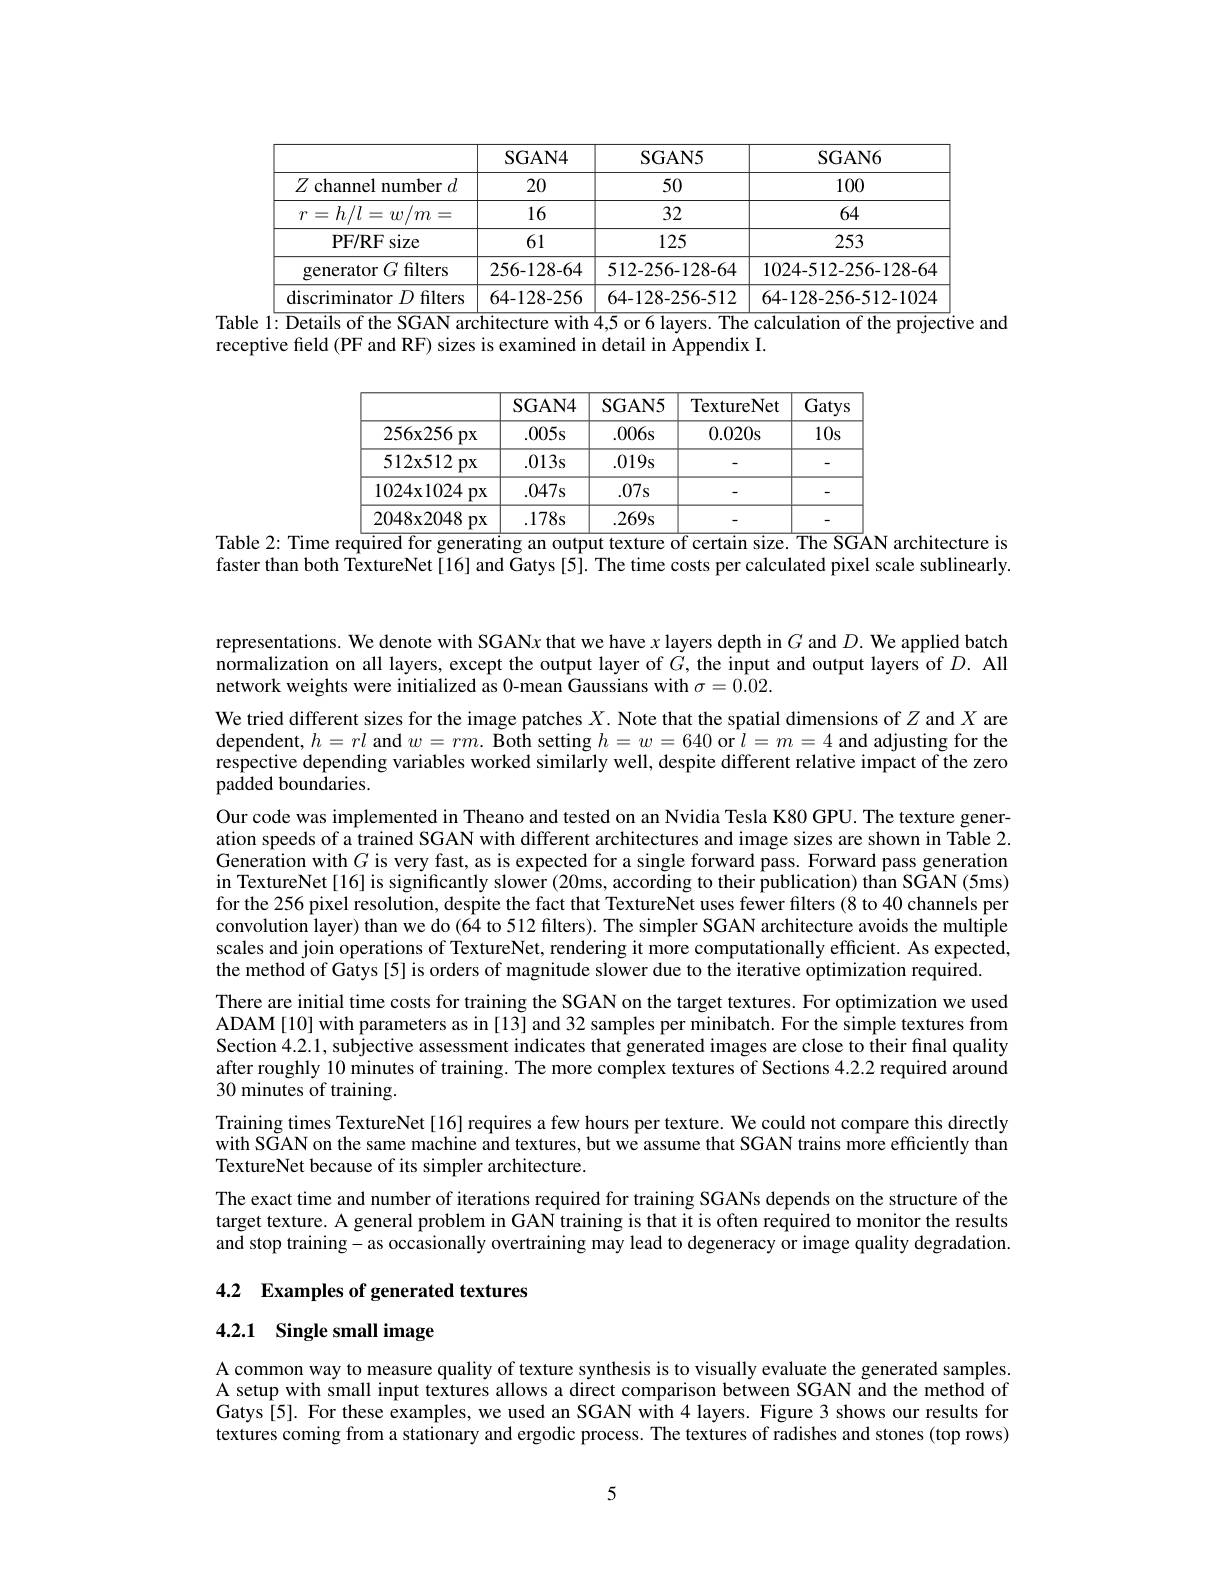
<table>
	<tbody>
		<tr>
			<th> </th>
			<th>SGAN4</th>
			<th>SGAN5</th>
			<th>SGAN6</th>
		</tr>
		<tr>
			<td>$Z$ channel number $d$</td>
			<td>20</td>
			<td>50</td>
			<td>100</td>
		</tr>
		<tr>
			<td>$h/l=w/m$ $\mathcal{T}=$ 19</td>
			<td>16</td>
			<td>32</td>
			<td>64</td>
		</tr>
		<tr>
			<td>PF/ RFs size</td>
			<td>61</td>
			<td>125</td>
			<td>253</td>
		</tr>
		<tr>
			<td>generator $G$ filters</td>
			<td>256-128-64</td>
			<td>512-256-128-64</td>
			<td>1024-512-256-128-64</td>
		</tr>
		<tr>
			<td>discriminator $D$ filters</td>
			<td>64-128-256</td>
			<td>64-128-256-512</td>
			<td>64-128-256-512-1024</td>
		</tr>
	</tbody>
</table>
Table $1:\overline\text{Details of the SGAN architecture with 4,5 or 6 layers. The calculation of the projective and}$

receptive field (PF and RF) sizes is examined in detail in Appendix I.

<table>
	<tbody>
		<tr>
			<th> </th>
			<th>SGAN4</th>
			<th>SGAN5</th>
			<th>TextureNet</th>
			<th>Gatys</th>
		</tr>
		<tr>
			<td>256x256 $PX$</td>
			<td>$.005s$</td>
			<td>$.006s$</td>
			<td>0.020s</td>
			<td>$10s$</td>
		</tr>
		<tr>
			<td>$512x512$ $PX$</td>
			<td>$.013s$</td>
			<td>$.019s$</td>
			<td> </td>
			<td>-</td>
		</tr>
		<tr>
			<td>$1024x1024$ $px$</td>
			<td>$.047s$</td>
			<td>$.07s$</td>
			<td> </td>
			<td>-</td>
		</tr>
		<tr>
			<td>2048x2048 $px$</td>
			<td>$.178s$</td>
			<td>$.269s$</td>
			<td> </td>
			<td>-</td>
		</tr>
	</tbody>
</table>
Table 2: Time required for generating an output texture of certain size. The SGAN architecture is

faster than both TextureNet [16] and Gatys [5]. The time costs per calculated pixel scale sublinearly.

representations. We denote with SGANx that we have $x$ layers depth in $G$ and $D.$ We applied batch $\hat{\text{normalization on all layers, except the output layer of }G},\hat{\text{the input and output layers of }D}.$ All network weights were initialized as 0-mean Gaussians with $\sigma=0.02.$
We tried different sizes for the image patches $X.$ Note that the spatial dimensions of $Z$ and $X$ are dependent, $h=rl$ and $w= rm.$ Both setting $h= w= 640$ or $l=m=4$ and adjusting for the respective depending variables worked similarly well, despite different relative impact of the zero padded boundaries.
Our code was implemented in Theano and tested on an Nvidia Tesla K80 GPU. The texture generation speeds of a trained SGAN with different architectures and image sizes are shown in Table 2. Generation with $G$ is very fast, as is expected for a single forward pass. Forward pass generation in TextureNet [16] is significantly slowêr (20ms, according to their publication) thân SGAN (5ms) for the 256 pixel resolution, despite the fact that TextureNet uses fewer filters (8 to 40 channels per convolution layer) than we do (64 to 512 filters). The simpler SGAN architecture avoids the multiple scales and join operations of TextureNet, rendering it more computationally efficient. As expected, the method of Gatys [5] is orders of magnitude slower due to the iterative optimization required.
There are initial time costs for training the SGAN on the target textures. For optimization we used ADAM [10] with parameters as in [13] and 32 samples per minibatch. For the simple textures from Section 4.2.1, subjective assessment indicates that generated images are close to their final quality after roughly 10 minutes of training. The more complex textures of Sections 4.2.2 required around 30 minutes of training.
Training times TextureNet[16] requires a few hours per texture. We could not compare this directly with SGAN on the same machine and textures, but we assume that SGAN trains more efficiently than TextureNet because of its simpler architecture.
The exact time and number of iterations required for training SGANs depends on the structure of the target texture. A general problem in GAN training is that it is often required to monitor the results and stop training - as occasionally overtraining may lead to degeneracy or image quality degradation.

4.2 Examples of generated textures

4.2.1 Single small image

A common way to measure quality of texture synthesis is to visually evaluate the generated samples. A setup with small input textures allows a direct comparison between SGAN and the method of Gatys[5]. For these examples, we used an SGAN with 4 layers. Figure 3 shows our results for textures coming from a stationary and ergodic process. The textures of radishes and stones (top rows)

5